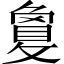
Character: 敻